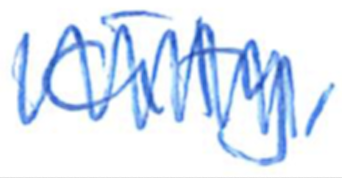
Text: city,
Cross-out: zig-zag
Writing tool: ballpoint